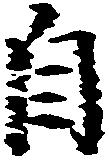
自